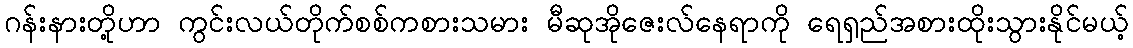
ဂန်းနားတို့ဟာ ကွင်းလယ်တိုက်စစ်ကစားသမား မီဆုအိုဇေးလ်နေရာကို ရေရှည်အစားထိုးသွားနိုင်မယ့်